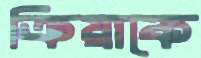
ক্রিয়াকে